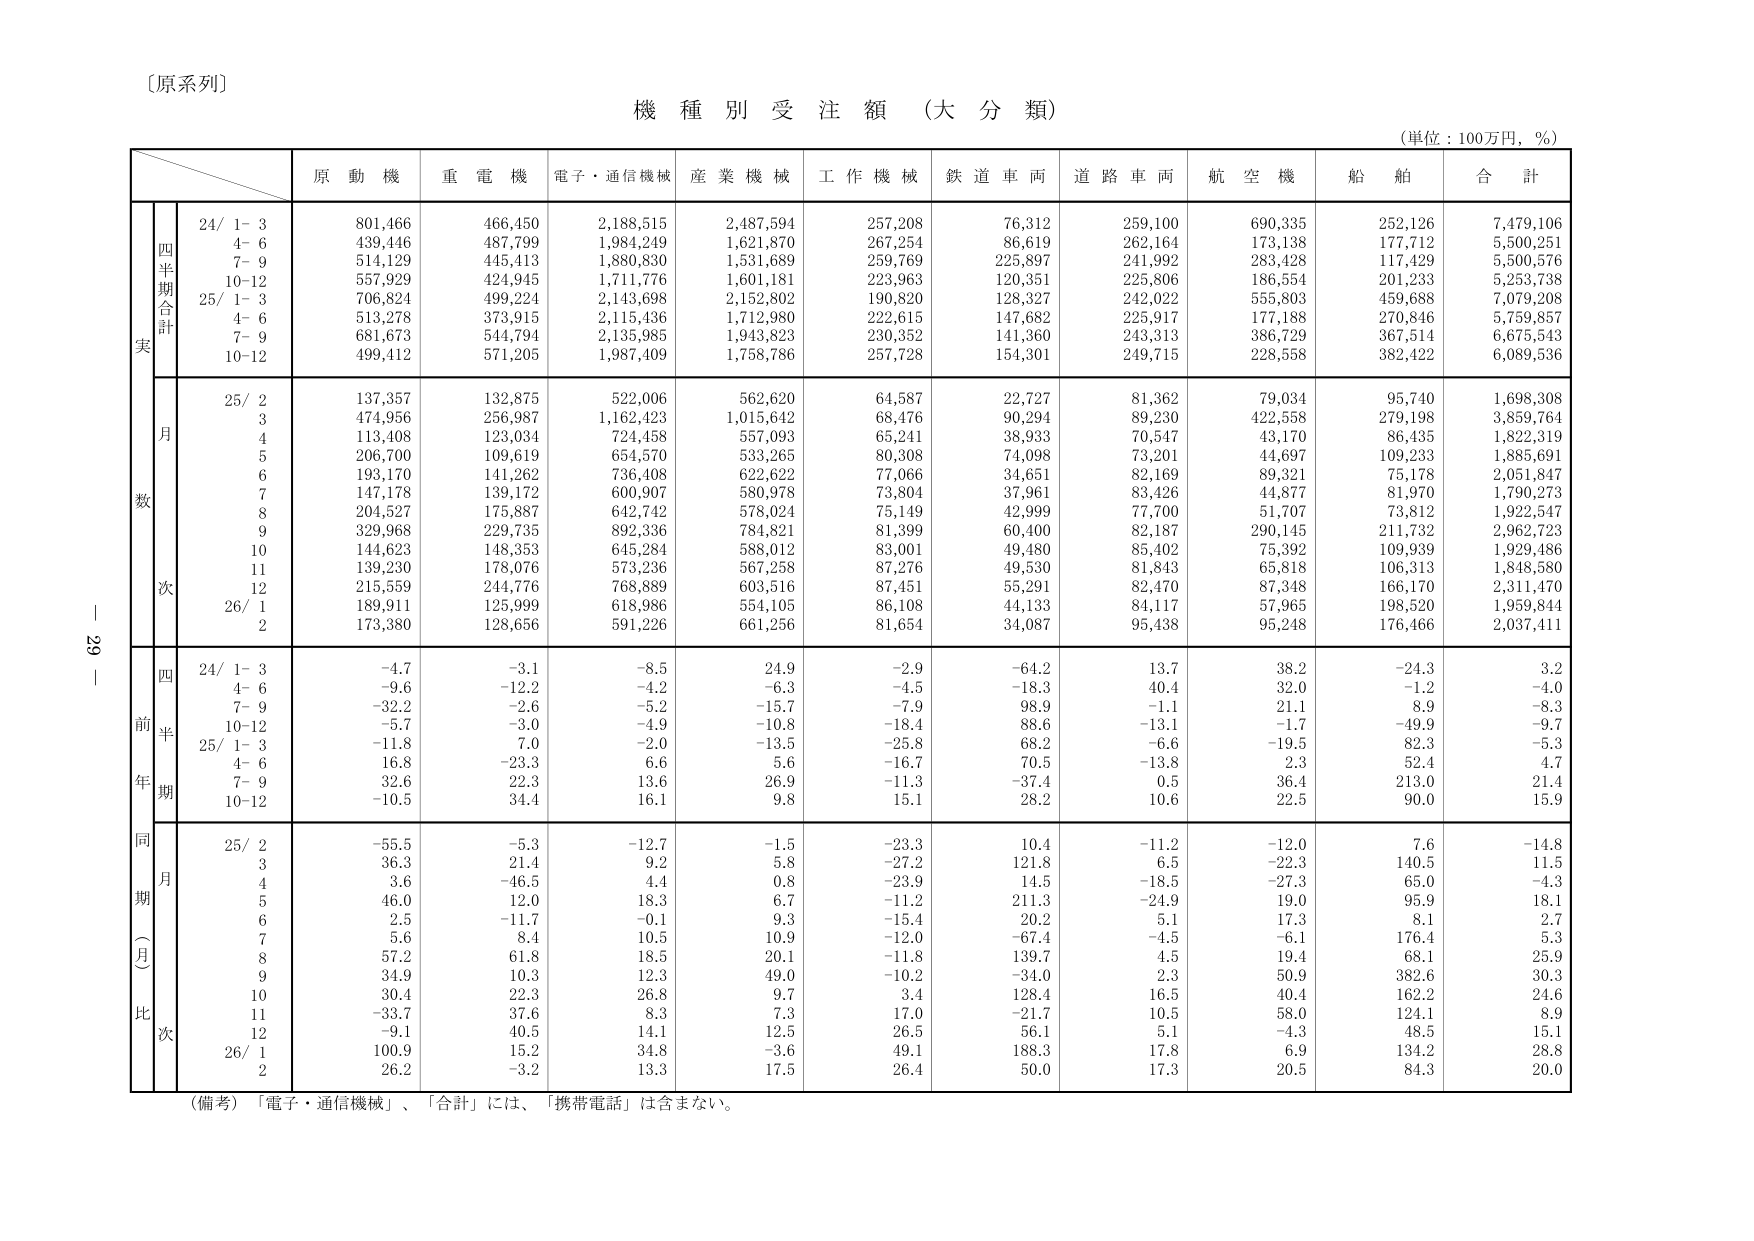
〔原系列〕

機 種 別 受 注 額 （大 分 類）

（単位：100万円，％）

　　　　　　　　　原 動 機　　重 電 機　　電子・通信機械　　産 業 機 械　　工 作 機 械　　鉄 道 車 両　　道 路 車 両　　航 空 機　　船 舶　　合 計